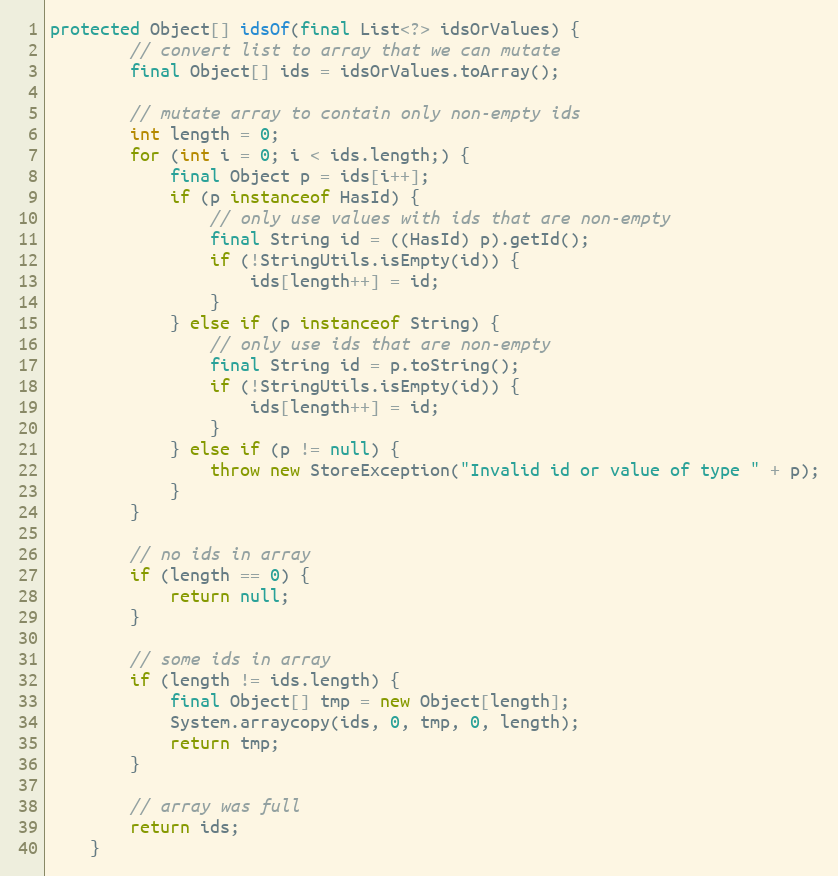
Language: Java
protected Object[] idsOf(final List<?> idsOrValues) {
        // convert list to array that we can mutate
        final Object[] ids = idsOrValues.toArray();

        // mutate array to contain only non-empty ids
        int length = 0;
        for (int i = 0; i < ids.length;) {
            final Object p = ids[i++];
            if (p instanceof HasId) {
                // only use values with ids that are non-empty
                final String id = ((HasId) p).getId();
                if (!StringUtils.isEmpty(id)) {
                    ids[length++] = id;
                }
            } else if (p instanceof String) {
                // only use ids that are non-empty
                final String id = p.toString();
                if (!StringUtils.isEmpty(id)) {
                    ids[length++] = id;
                }
            } else if (p != null) {
                throw new StoreException("Invalid id or value of type " + p);
            }
        }

        // no ids in array
        if (length == 0) {
            return null;
        }

        // some ids in array
        if (length != ids.length) {
            final Object[] tmp = new Object[length];
            System.arraycopy(ids, 0, tmp, 0, length);
            return tmp;
        }

        // array was full
        return ids;
    }